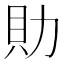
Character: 𧴧